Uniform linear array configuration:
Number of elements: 48
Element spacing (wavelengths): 0.5
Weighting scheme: hamming
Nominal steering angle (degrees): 60
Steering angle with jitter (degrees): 61.802
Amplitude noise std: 0.05
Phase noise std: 0.05

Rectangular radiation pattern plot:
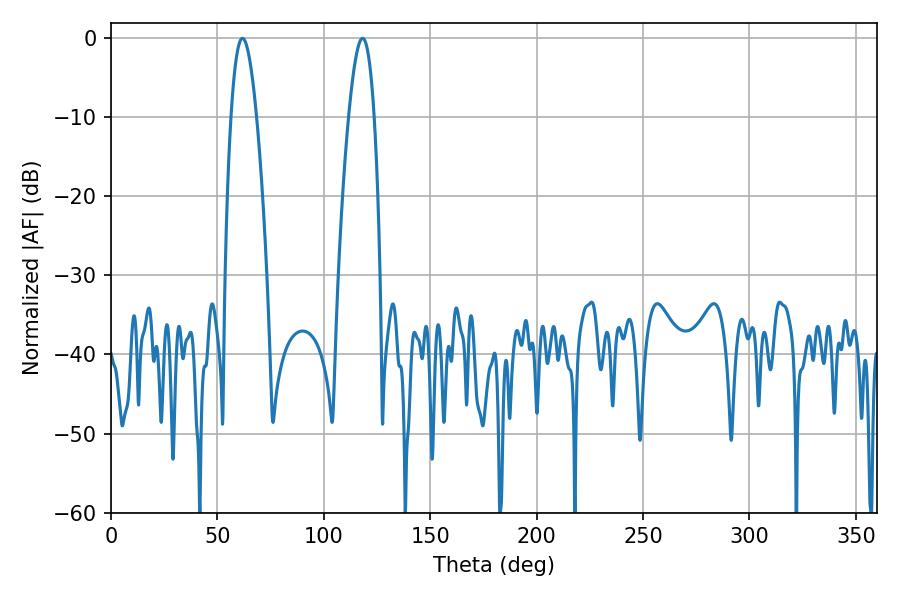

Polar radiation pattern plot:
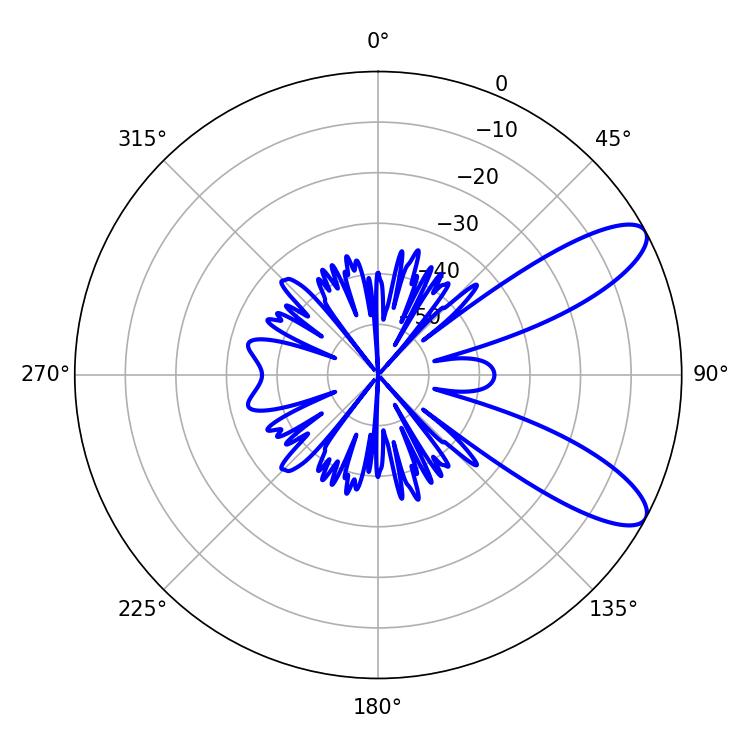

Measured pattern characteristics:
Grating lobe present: FALSE
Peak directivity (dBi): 9.61
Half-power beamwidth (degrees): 6.48
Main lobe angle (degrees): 61.74